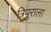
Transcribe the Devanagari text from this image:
त्रिपुराला